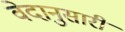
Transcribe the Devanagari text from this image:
वेदानुसारी